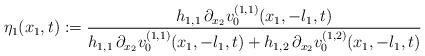
LaTeX: \begin{align*} \eta_1(x_1,t) := \frac{h_{1,1}\, \partial_{x_2}v^{(1,1)}_0(x_1,-l_1,t)} {h_{1,1}\, \partial_{x_2}v^{(1,1)}_0(x_1,-l_1,t) + h_{1,2} \,\partial_{x_2}v^{(1,2)}_0(x_1,-l_1,t)}\end{align*}